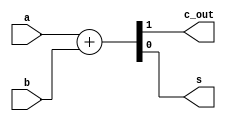
// Title: Single bit Half Adder V 1.0 (No Changelog)
// Updated: 
//---------------------------------------------------------------------------
// This is a Verilog file that define a Half Adder.
// 
//
//---------------------------------------------------------------------------
`default_nettype none

module halfAdder (   
    input wire  a,              // The two-bit inputs to the Half Adder
    input wire  b,
    output wire c_out,              // The two-bit outputs to the Half Adder
    output wire s 
);
    
    assign {c_out, s} = a + b;
            // Actual operation is to map it to HA Std Cell

endmodule

`default_nettype wire